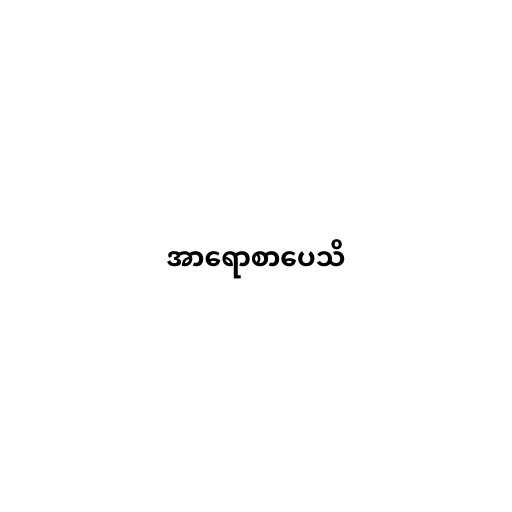
အာရောစာပေသိ